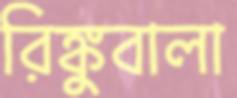
রিঙ্কুবালা